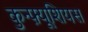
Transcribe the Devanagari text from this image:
कुन्फ़्यूशियस